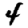
Digit: 4